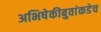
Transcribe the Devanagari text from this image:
अभिषेकीबुवांकडेच